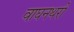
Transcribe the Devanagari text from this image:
वाघनथरी